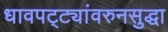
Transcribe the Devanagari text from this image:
धावपट्ट्यांवरुनसुद्धा